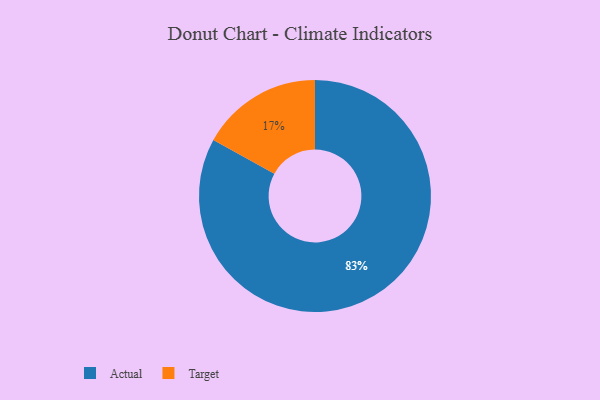
{"axis": {"x": "Category", "y": "Percentage"}, "legend": ["Actual", "Target"], "data": [{"x": "Actual", "y": 83, "type": "Actual"}, {"x": "Target", "y": 17, "type": "Target"}]}